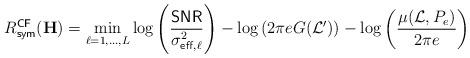
LaTeX: \begin{align*}R^{\sf CF}_{\sf sym}(\mathbf{H}) = \min_{\ell = 1, \dots, L} \log\left( \frac{{\sf SNR}}{\sigma^2_{{\sf eff}, \ell} } \right) - \log\left( 2 \pi e G(\mathcal{L}') \right) - \log\left( \frac{\mu(\mathcal{L}, P_e)}{2 \pi e} \right)\end{align*}